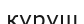
куруш